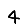
Digit: 4